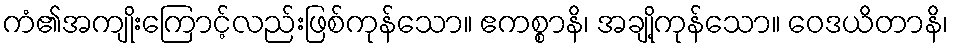
ကံ၏အကျိုးကြောင့်လည်းဖြစ်ကုန်သော။ ဧကစ္စာနိ၊ အချို့ကုန်သော။ ဝေဒယိတာနိ၊